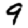
Digit: 9